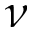
\protect \nu